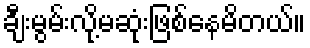
ချီးမွမ်းလို့မဆုံးဖြစ်နေမိတယ်။